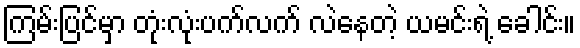
ကြမ်းပြင်မှာ တုံးလုံးပက်လက် လဲနေတဲ့ ယမင်းရဲ့ ခေါင်း။